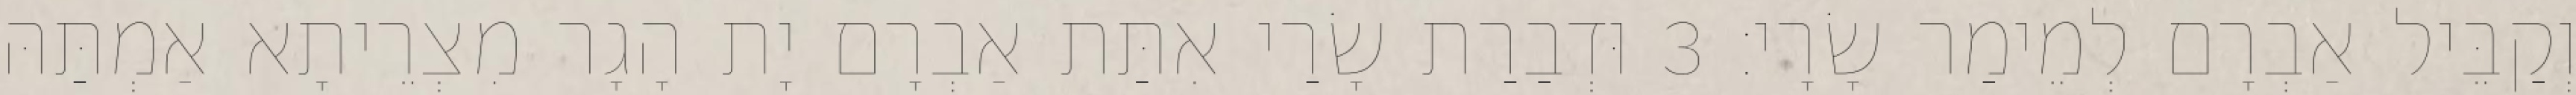
וְקַבֵּיל אַבְרָם לְמֵימַר שָׂרָי׃ 3 וּדְבַרַת שָׂרַי אִתַּת אַבְרָם יָת הָגָר מִצְרֵיתָא אַמְתַּהּ